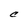
Character: C